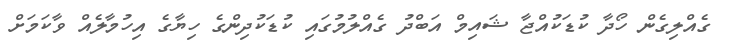
ގެއްލިގެން ހޯދާ ކުޑަކުއްޖާ ޝައިމް އަބްދު ގެއްލުމުގައި ކުޑަކުދިންގެ ހިޔާގެ އިހުމާލެއް ވާކަމަށް